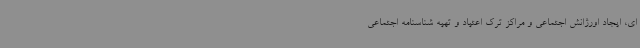
ای، ایجاد اورژانش اجتماعی و مراکز ترک اعتیاد و تهیه شناسنامه اجتماعی